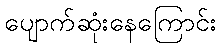
ပျောက်ဆုံးနေကြောင်း